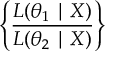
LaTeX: \left\{ { \frac { L ( \theta _ { 1 } \mid X ) } { L ( \theta _ { 2 } \mid X ) } } \right\}